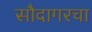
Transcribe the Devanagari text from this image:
सौदागरचा